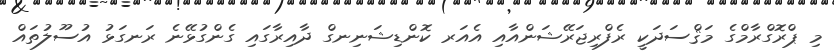
މި ޕްރޮގްރާމްގެ މަޤްސަދަކީ ރެފްރިޖަރޭޝަންއާއި އެއަރ ކޮންޑިޝަނިނގް ދާއިރާގައި ގެންގުޅޭނެ ރަނގަޅު އުސޫލުތައް